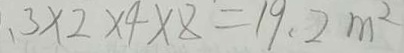
1 . 3 \times 2 \times 4 \times 8 = 1 9 . 2 m ^ { 2 }